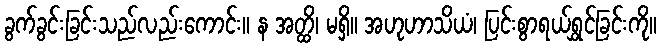
ခွက်ခွင်းခြင်းသည်လည်းကောင်း။ န အတ္ထိ၊ မရှိ။ အဟုဟာသိယံ၊ ပြင်းစွာရယ်ရွှင်ခြင်းကို။